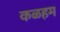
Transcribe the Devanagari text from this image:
कळहम